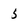
Character: 5